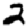
Digit: 2